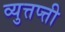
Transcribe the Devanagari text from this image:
व्युत्तप्त्ती